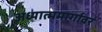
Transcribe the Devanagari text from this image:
अध्यात्ममार्गावर